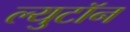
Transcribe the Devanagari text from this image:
ल्युटॉन